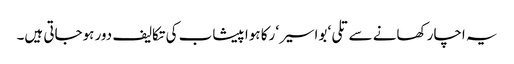
یہ اچار کھانے سے تلی‘ بواسیر‘ رکا ہوا پیشاب کی تکالیف دور ہوجاتی ہیں۔